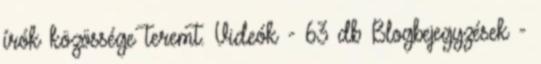
írók közössége teremt. Videók - 63 db Blogbejegyzések -